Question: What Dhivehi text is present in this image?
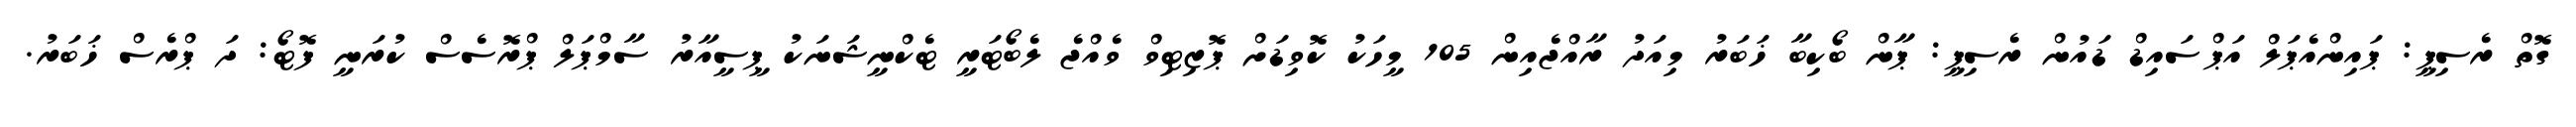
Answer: ގޮތް ރެސިޕީ: ޕައިންއެޕަލް އަޕްސައިޑް ޑައުން ރެސިޕީ: ޕާން ބޯކިބާ ޚަބަރު މިއަދު ރާއްޖެއިން 105 މީހަކު ކޮވިޑަށް ޕޮޒިޓިވް ވެއްޖެ ލެބޯޓަރީ ޓެކްނީޝަނަކު ޕީސީއާރު ސާމްޕަލް ޕްރޮސެސް ކުރަނީ ފޮޓޯ: ދަ ޕްރެސް ޚަބަރު.